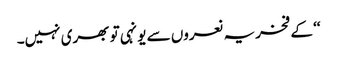
‘‘ کے فخریہ نعروں سے یونہی تو بھری نہیں۔